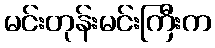
မင်းတုန်းမင်းကြီးက